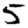
Digit: 5